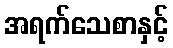
အရက်သေစာနှင့်